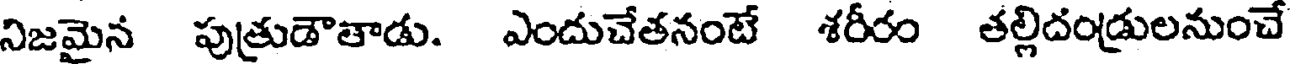
నిజమైన పుత్రుడౌతాడు. ఎందుచేతనంటే శరీరం తల్లిదండ్రులనుంచే